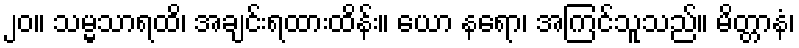
၂၀။ သမ္မသာရထိ၊ အချင်းရထားထိန်း။ ယော နရော၊ အကြင်သူသည်။ မိတ္တာနံ၊